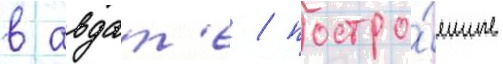
в авдат'е / постро́енные